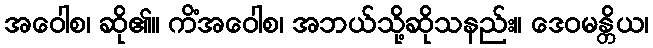
အဝေါစ၊ ဆို၏။ ကိံအဝေါစ၊ အဘယ်သို့ဆိုသနည်း။ ဒေဝမန္တိယ၊